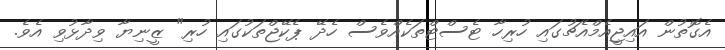
އެގޮތުން އައިޖީއެމްއެޗުގައި ހުރިހާ ޓެސްޓްތަކެއްވެސް ހެދޭ ޕެކޭޖްތަކުގައި ހުރި" ޒީނިޔާ ވިދާޅުވި އެވެ.